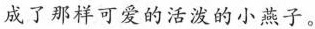
成了那样可爱的活泼的小燕子。